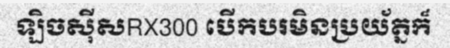
ឡិចស៊ីសRX300 បើកបរមិនប្រយ័ត្នក៏